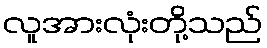
လူအားလုံးတို့သည်